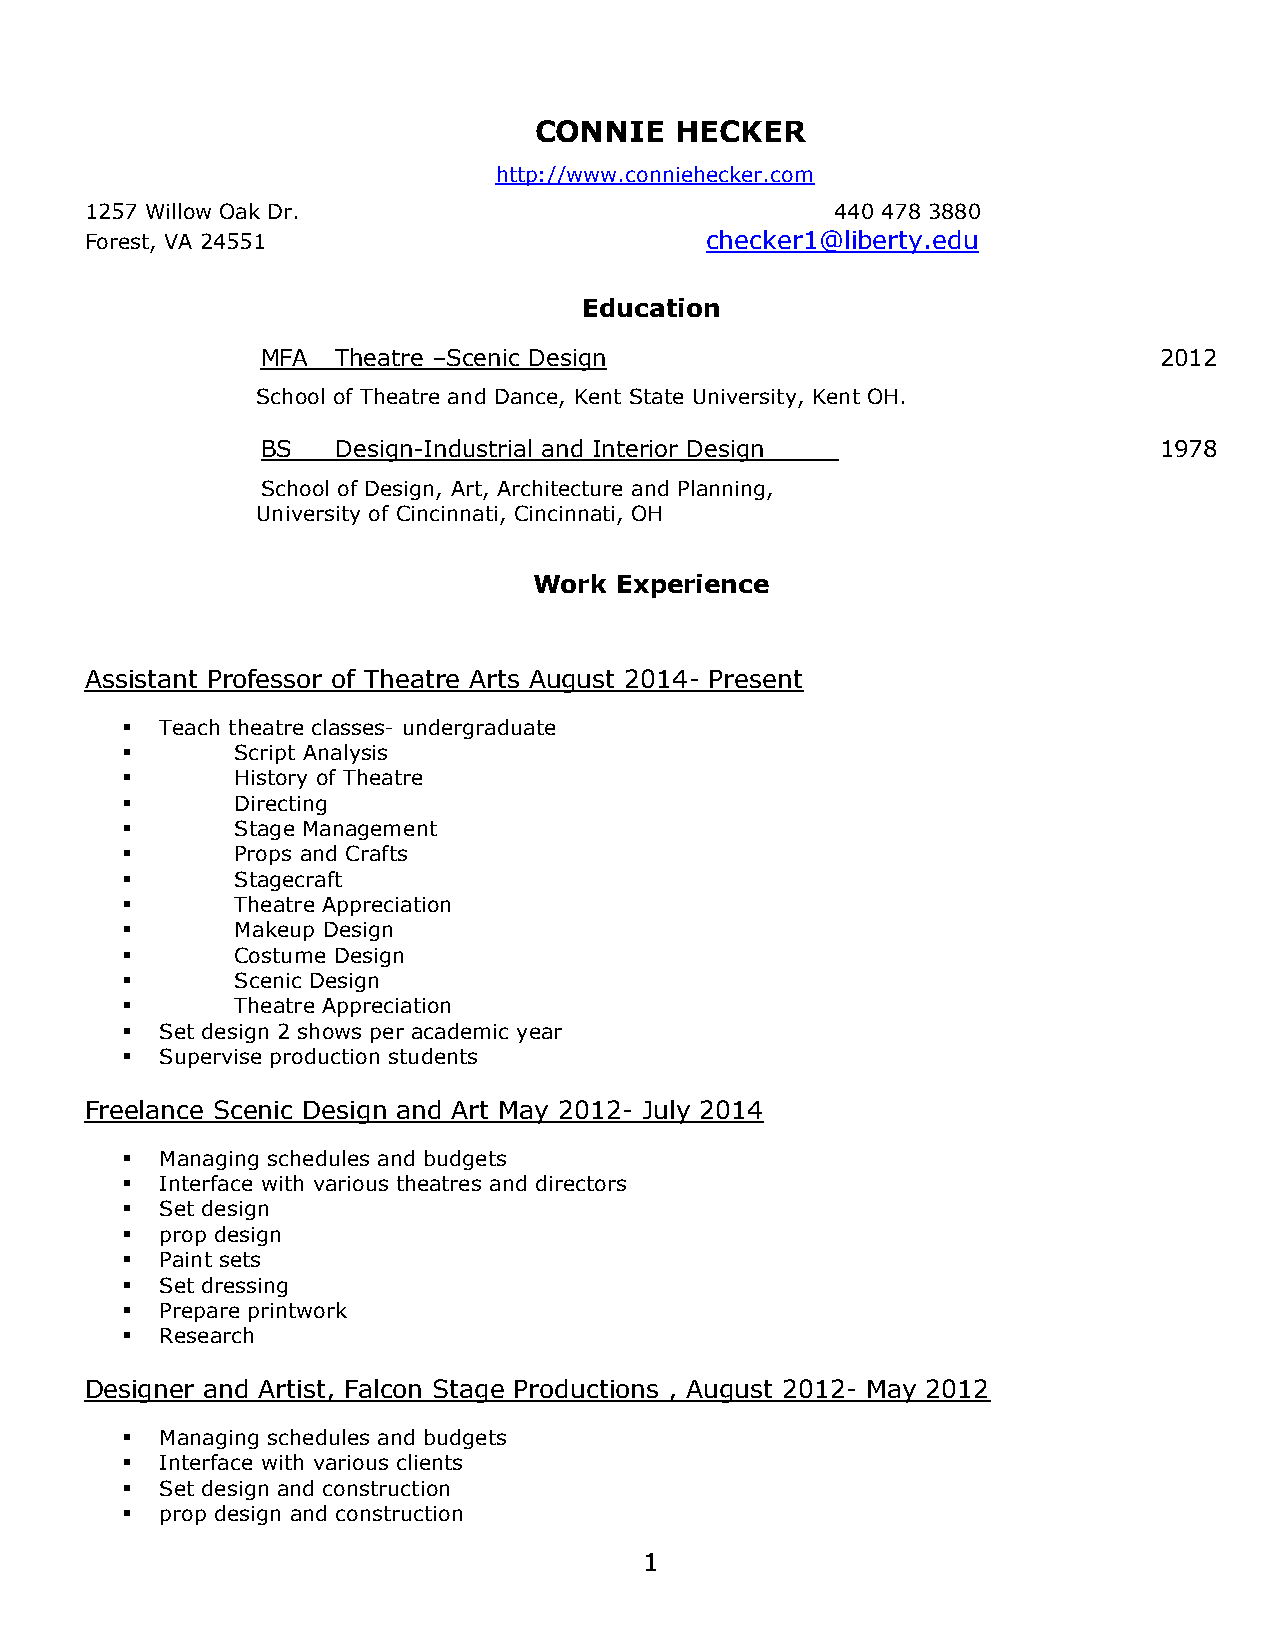
CONNIE    HECKER
 http://www.conniehecker.com
 1257 Willow Oak Dr.                              440 478 3880
 Forest, VA 24551                         checker1@liberty.edu
 Education
 MFA  Theatre –Scenic Design                                 2012
 School of Theatre and Dance, Kent State University, Kent OH.
 BS   Design-Industrial and Interior Design                  1978
 School of Design, Art, Architecture and Planning,
 University of Cincinnati, Cincinnati, OH
 Work  Experience
 Assistant Professor of Theatre Arts August 2014- Present
   Teach theatre classes- undergraduate
        Script Analysis
        History of Theatre
        Directing
        Stage Management
        Props and Crafts
        Stagecraft
        Theatre Appreciation
        Makeup Design
        Costume Design
        Scenic Design
        Theatre Appreciation
   Set design 2 shows per academic year
   Supervise production students
 Freelance Scenic Design and Art May 2012- July 2014
   Managing schedules and budgets
   Interface with various theatres and directors
   Set design
   prop design
   Paint sets
   Set dressing
   Prepare printwork
   Research
 Designer and Artist, Falcon Stage Productions , August 2012- May 2012
   Managing schedules and budgets
   Interface with various clients
   Set design and construction
   prop design and construction
 1